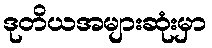
ဒုတိယအများဆုံးမှာ